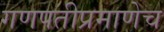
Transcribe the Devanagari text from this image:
गणपतीप्रमाणेच